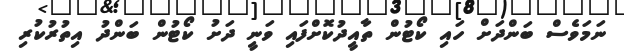
ނަމަވެސް ބަންދަށް ހައި ކޯޓުން ތާއީދުކޮށްފައި ވަނީ ދަށު ކޯޓުން ބަންދު އިތުރުކުރި